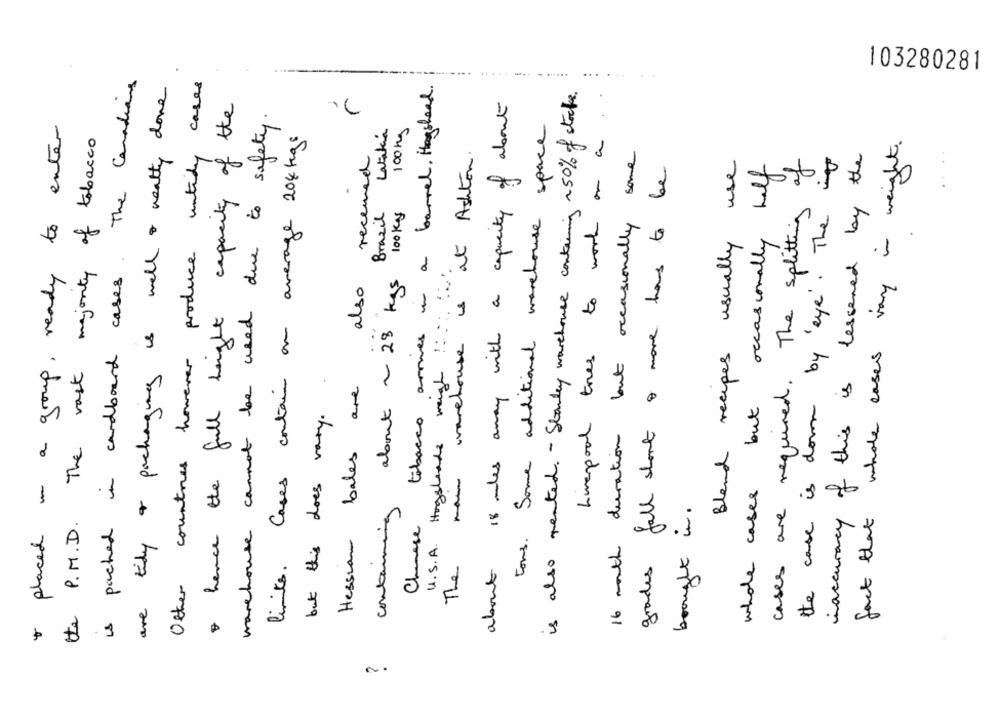
103280281
is packed in cardboard cases. The Canadiens
are tidy & packaging is well & really done
Other countries however produce untidy cases
tobacco arrives in a barrel. Hogshead.
is also rented. " Stanley warehouse containing ~50% of stocke.
· hence the full height capacity of the
about 18 miles away with a capacity of about
warehouse cannot be used due to safety.
& placed in a group, ready to enter
Latakia
100 kg
tous. Some additional warehouse space
the P.M.D. The vast majority of tobacco
limits. Cases contain on average 204 kgs
Liverpool tres to work on a
fact that whole cases vary in weight.
received
16 month duration but occasionally some
at Ashton .
the case is down by 'eye'. The
inaccuracy of this is lessened by the
Bland recipes usually use
cases are required. The splitting of
whole cases but occasionally half
Brasil
100 Kg
more has to
about ~ 28 kgs
also
U.S.A. Hogsleads weigh !:
1
warehouse
but this does vary.
Hessian bales are
grades fall short
containing
brought in .
Chinese
The